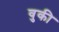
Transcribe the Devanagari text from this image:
वुकी